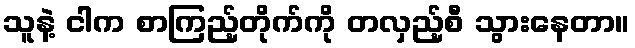
သူနဲ့ ငါက စာကြည့်တိုက်ကို တလှည့်စီ သွားနေတာ။